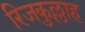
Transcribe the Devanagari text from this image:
रिजकुल्लाह